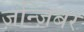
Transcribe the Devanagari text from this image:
ज़न्ज़िबर